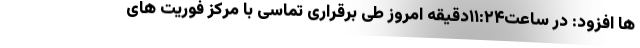
ها افزود: در ساعت۱۱:۲۴دقیقه امروز طی برقراری تماسی با مرکز فوریت های